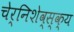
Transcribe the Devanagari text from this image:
चेर्निशेव्स्क्य